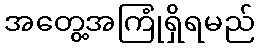
အတွေ့အကြုံရှိရမည်